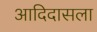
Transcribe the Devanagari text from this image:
आदिदासला